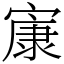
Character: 㝩